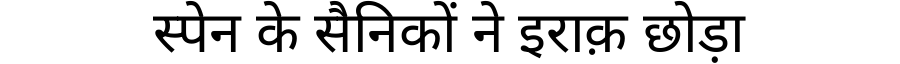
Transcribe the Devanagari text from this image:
स्पेन के सैनिकों ने इराक़ छोड़ा